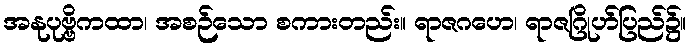
အနုပုဗ္ဗိကထာ၊ အစဉ်သော စကားတည်း။ ရာဇဂဟေ၊ ရာဇဂြိုဟ်ပြည်၌။